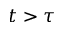
t > \tau